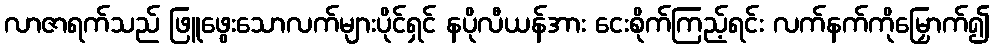
လာဇာရက်သည် ဖြူဖွေးသောလက်များပိုင်ရှင် နပိုလီယန်အား ငေးစိုက်ကြည့်ရင်း လက်နက်ကိုမြှောက်၍